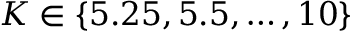
K \in \{ 5 . 2 5 , 5 . 5 , \ldots , 1 0 \}